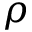
\rho